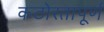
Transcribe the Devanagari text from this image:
कठोरतापूर्ण